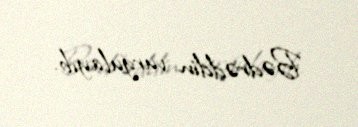
Bədrəddin vurğulayıb.